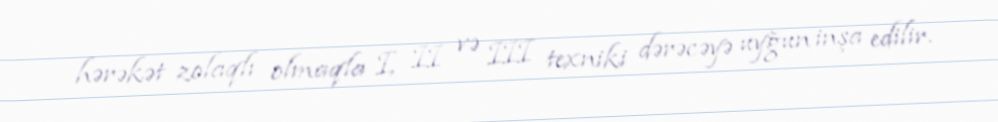
hərəkət zolaqlı olmaqla I, II və III texniki dərəcəyə uyğun inşa edilir.